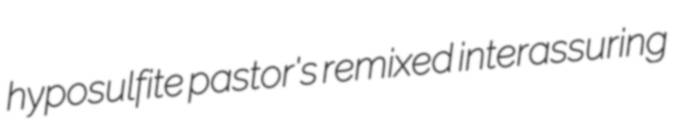
hyposulfite pastor's remixed interassuring